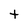
Character: t